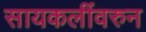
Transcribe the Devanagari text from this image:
सायकलींवरुन